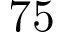
7 5